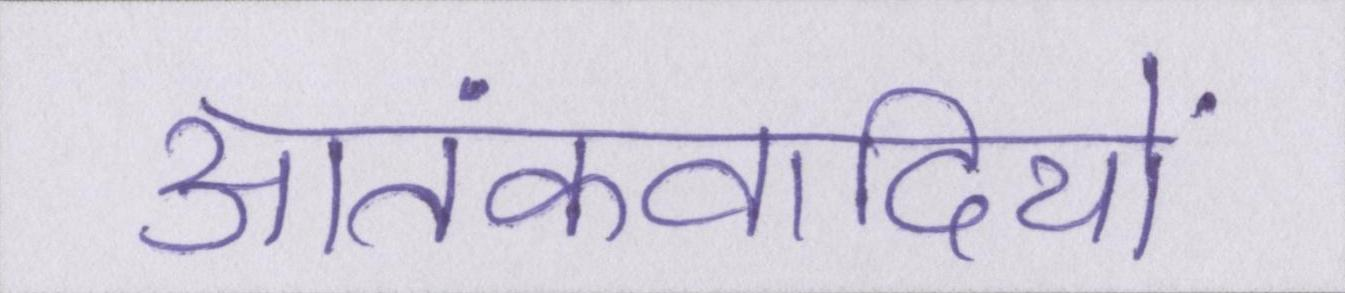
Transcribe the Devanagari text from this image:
आतंकवादियों